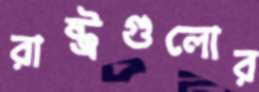
রাষ্ট্রগুলোর